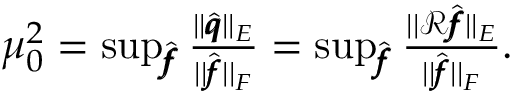
\begin{array} { r } { \mu _ { 0 } ^ { 2 } = \operatorname* { s u p } _ { \hat { \pmb f } } \frac { | | \hat { \pmb q } | | _ { E } } { | | \hat { \pmb f } | | _ { F } } = \operatorname* { s u p } _ { \hat { \pmb f } } \frac { | | \mathcal { R } \hat { \pmb f } | | _ { E } } { | | \hat { \pmb f } | | _ { F } } . } \end{array}